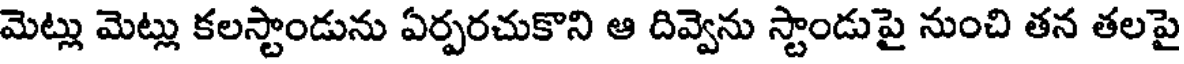
మెట్లు మెట్లు కలస్టాండును ఏర్పరచుకొని ఆ దివ్వెను స్టాండుపై నుంచి తన తలపై